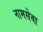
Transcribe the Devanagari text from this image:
नामसेवा